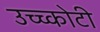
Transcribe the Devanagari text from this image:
उच्च्कोटी